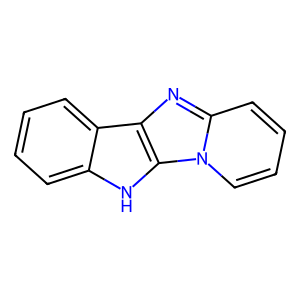
SMILES: c1ccc2c(c1)[nH]c1c2nc2ccccn21
Inhibits HIV replication: No